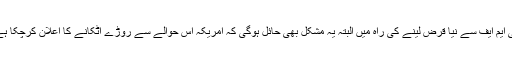
آئی ایم ایف سے نیا قرض لینے کی راہ میں البتہ یہ مشکل بھی حائل ہوگی کہ امریکہ اس حوالے سے روڑے اٹکانے کا اعلان کرچکا ہے۔